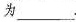
为___.